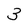
Character: 3